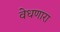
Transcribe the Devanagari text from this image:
वेधणारा